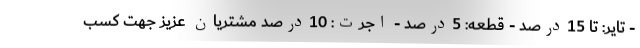
- تایر: تا 15درصد - قطعه: 5درصد - اجرت: 10درصد مشتریان عزیز جهت کسب